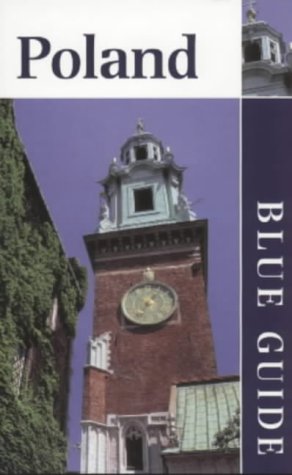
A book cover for Poland (Blue Guides); Jasper Tilbury; Travel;